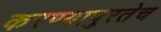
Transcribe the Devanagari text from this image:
करण्यापुरतेच